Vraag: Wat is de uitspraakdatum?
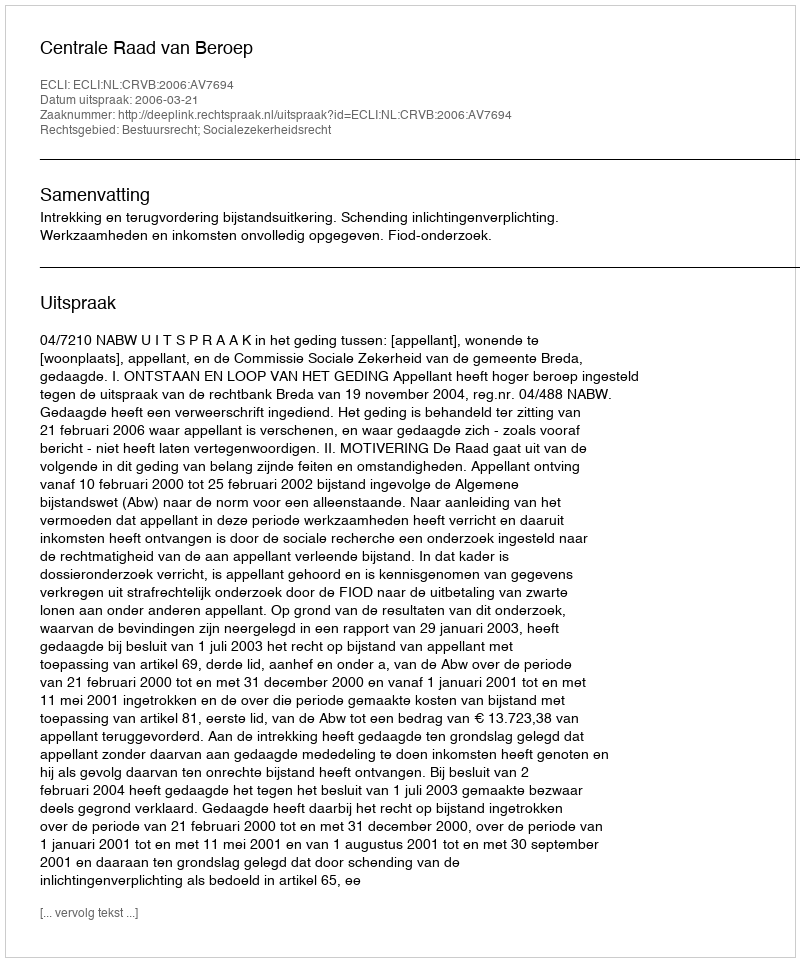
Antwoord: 2006-03-21